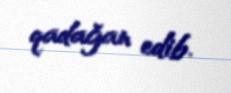
qadağan edib.